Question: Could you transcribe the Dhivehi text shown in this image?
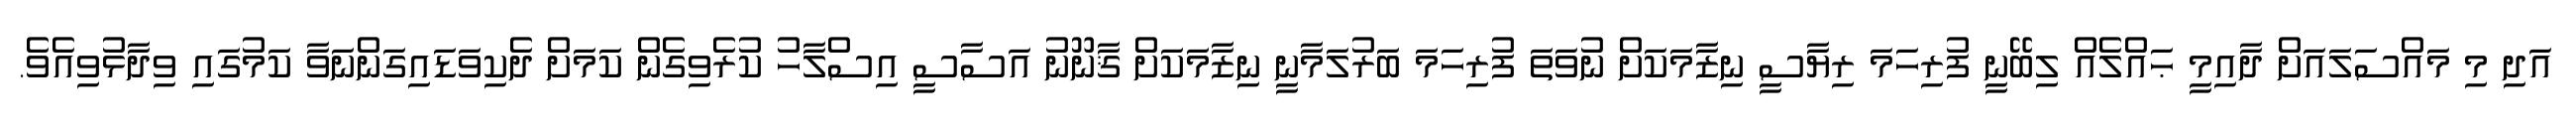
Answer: އަދި މި މައްސަލައަށް ދާއިމީ ޙައްލެއް ލިބޭނީ ފުރިހަމަ ރިޔާސީ ނިޒާމަކަށް ނުވަތަ ފުރިހަމަ ބަރުލަމާނީ ނިޒާމަކަށް ޤާނޫނު އަސާސީ އިސްލާހު ކުރެވިގެން ކަމަށް ދެކިވަޑައިގަންނަވާ ކަމުގައި ވިދާޅުވިއެވެ.